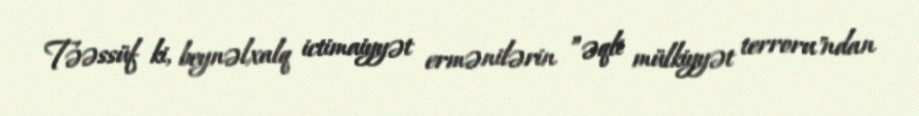
Təəssüf ki, beynəlxalq ictimaiyyət ermənilərin ”əqli mülkiyyət terroru"ndan